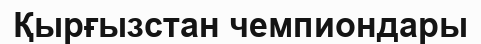
Қырғызстан чемпиондары